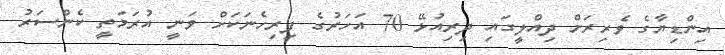
އިންޑިޔާގެ ވެރިރަށް ދިއްލީގައި ދިރިއުޅޭ 70 އަހަރުގެ ފިރިހެނަކަށް ވަނީ އުރަމަތީ ކެންސަރު